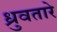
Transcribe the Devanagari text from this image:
ध्रुवतारे